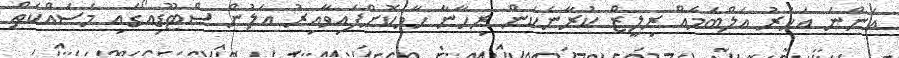
އަންނަ އަހަރު އަލްބަމެއް ރިލީޒް ކުރާނެކަން ރިހާނާ ހާމަކޮށްފައިވާއިރު އަލުން ސްޓޫޑިއޯގައި މަސައްކަތް